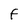
Character: F